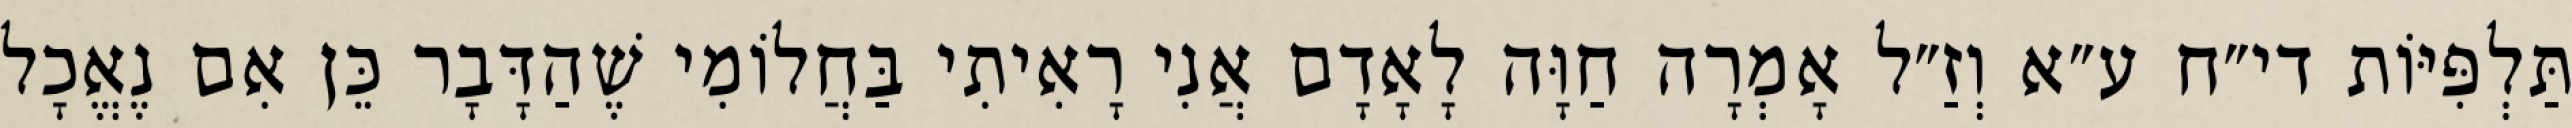
תַּלְפִּיּוֹת די״ח ע״א וְזַ״ל אָמְרָה חַוָּה לָאָדָם אֲנִי רָאִיתִי בַּחֲלוֹמִי שֶׁהַדָּבָר כֵּן אִם נֶאֱכָל